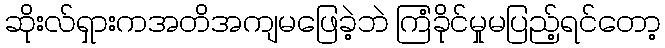
ဆိုးလ်ရှားကအတိအကျမဖြေခဲ့ဘဲ ကြံခိုင်မှုမပြည့်ရင်တော့